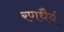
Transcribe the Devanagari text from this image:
रणधैर्य